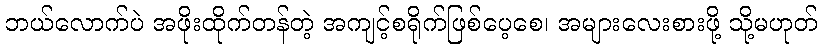
ဘယ်လောက်ပဲ အဖိုးထိုက်တန်တဲ့ အကျင့်စရိုက်ဖြစ်ပေ့စေ၊ အများလေးစားဖို့ သို့မဟုတ်